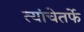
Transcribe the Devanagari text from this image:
त्यांचेतर्फे